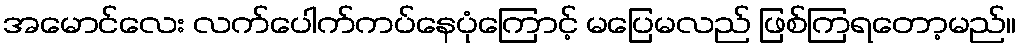
အမောင်လေး လက်ပေါက်ကပ်နေပုံကြောင့် မပြေမလည် ဖြစ်ကြရတော့မည်။